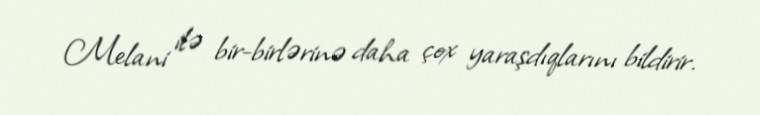
Melani ilə bir-birlərinə daha çox yaraşdıqlarını bildirir.